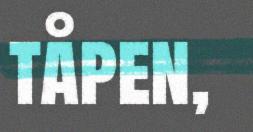
tåpen,